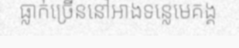
ធ្លាក់ច្រើននៅអាងទន្លេមេគង្គ